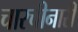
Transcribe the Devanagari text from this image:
चारचीनारी